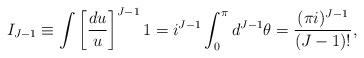
LaTeX: \begin{align*}I_{J-1}\equiv\int\left[\frac{du}{u}\right]^{J-1}1=i^{J-1}\int_0^\pi d^{J-1}\theta=\frac{(\pi i)^{J-1}}{(J-1)!},\end{align*}